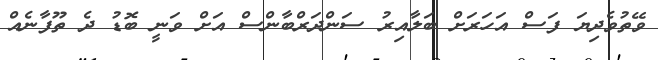
ވޭތުވެދިޔަ ފަސް އަހަރަށް ބަލާއިރު ސަންދަރްބާންސް އަށް ވަނީ ބޮޑު ދެ ތޫފާނެއް